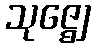
သုဇ္ဈေ